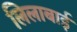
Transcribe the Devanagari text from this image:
लिलाबाई